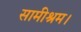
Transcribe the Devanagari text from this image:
सामीश्रम।